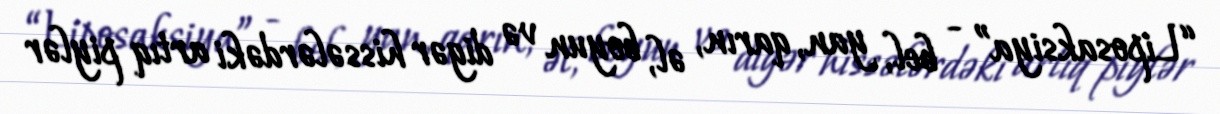
“Liposaksiya” - bel, yan, qarın, əl, boyun və digər hissələrdəki artıq piylər